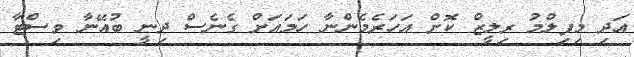
އަދި މިފިލްމު ރިލީޒް ކޮށް އަހަރެމެންނާ ހަމައަށް ގެނެސް ދިނީ ބުއޭނާ ވިސްޓާ